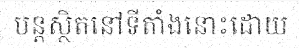
បន្តស្ថិតនៅទីតាំងនោះដោយ